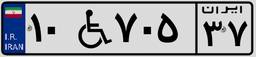
۰۹W۶۱۷۲۰